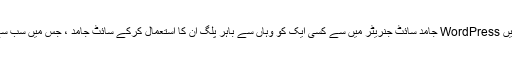
جیسا کہ پہلے ہی اوپر بحث کی گئی ہے ، آپ اپنا بنا سکتے ہیں WordPress جامد سائٹ جنریٹر میں سے کسی ایک کو وہاں سے باہر پلگ ان کا استعمال کرکے سائٹ جامد ، جس میں سب سے زیادہ مقبول اختیارات سیدھے جامد اور WP2Static ہیں۔